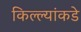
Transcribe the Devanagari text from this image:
किल्ल्यांकडे